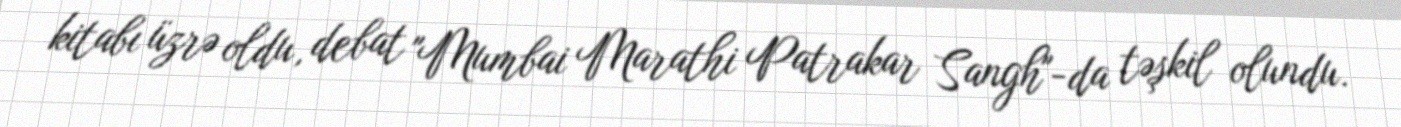
kitabı üzrə oldu, debat "Mumbai Marathi Patrakar Sangh"-da təşkil olundu.